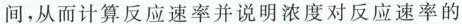
间，从而计算反应速率并说明浓度对反应速率的